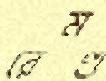
রেমণ্ড